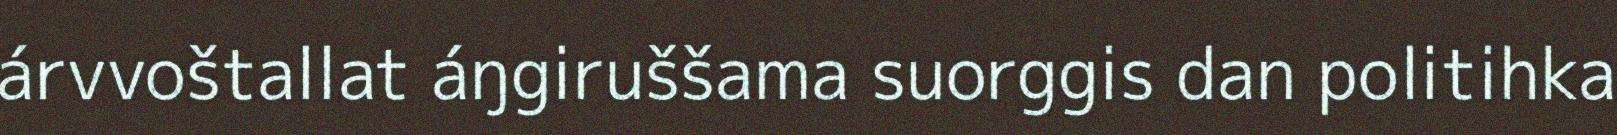
árvvoštallat áŋgiruššama suorggis dan politihka